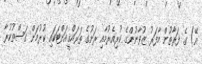
އޭ) ގެ ފަރާތުން މާފަރު ޒުވާނުންގެ ކުރިއެރުމާއި ރަށުގެ ތަރައްޤީއަށްޓަކައި ކުރުމަށް ގަސްތުކުރާ